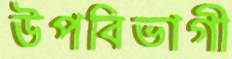
উপবিভাগী